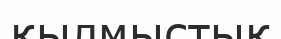
қылмыстық